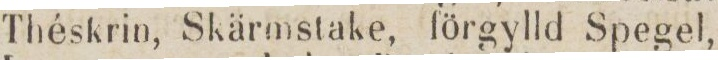
Théskrin, Skärmstake, förgylld Spegel,